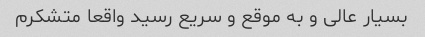
بسیار عالی و به موقع و سریع رسید واقعا متشکرم